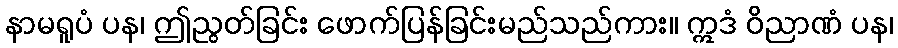
နာမရူပံ ပန၊ ဤညွတ်ခြင်း ဖောက်ပြန်ခြင်းမည်သည်ကား။ ဣဒံ ဝိညာဏံ ပန၊